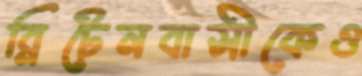
ব্রিটেনবাসীকেও